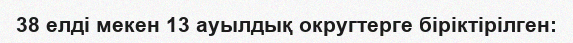
38 елді мекен 13 ауылдық округтерге біріктірілген: